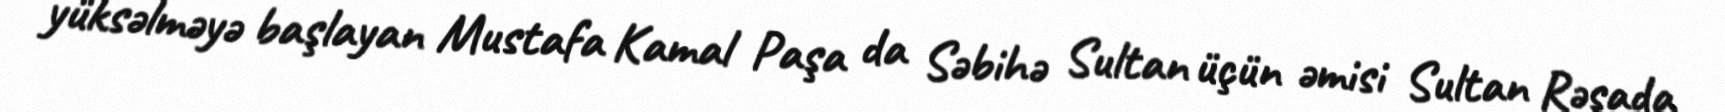
yüksəlməyə başlayan Mustafa Kamal Paşa da Səbihə Sultan üçün əmisi Sultan Rəşada